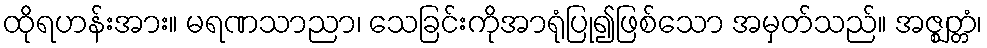
ထိုရဟန်းအား။ မရဏသာညာ၊ သေခြင်းကိုအာရုံပြု၍ဖြစ်သော အမှတ်သည်။ အဇ္ဈတ္တံ၊